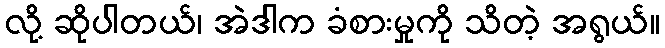
လို့ ဆိုပါတယ်၊ အဲဒါက ခံစားမှုကို သိတဲ့ အရွယ်။